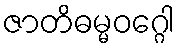
ဇာတိဓမ္မဝဂ္ဂေါ